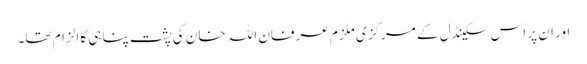
اور ان پر اس سکینڈل کے مرکزی ملزم عرفان اللہ خان کی پشت پناہی کا الزام تھا۔